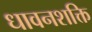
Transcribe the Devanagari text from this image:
धावनशक्ति